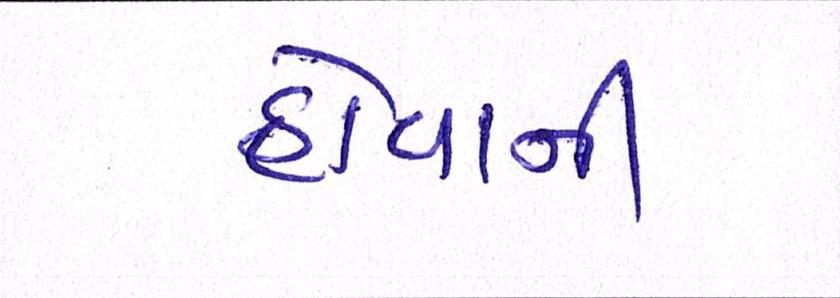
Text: હોવાની